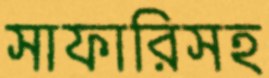
সাফারিসহ